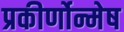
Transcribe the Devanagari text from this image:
प्रकीर्णोन्मेष